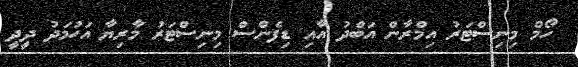
ހޯމް މިނިސްޓަރު އިމްރާން އަބްދު އާއި ޑިފެންސް މިނިސްޓަރު މާރިޔާ އަހުމަދު ދީދީ